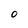
Character: 0